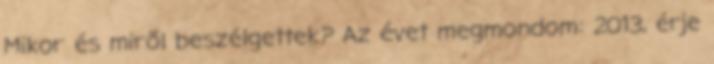
Mikor és miről beszélgettek? Az évet megmondom: 2013, érje